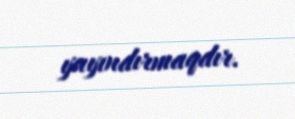
yayındırmaqdır.